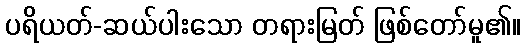
ပရိယတ်-ဆယ်ပါးသော တရားမြတ် ဖြစ်တော်မူ၏။